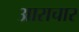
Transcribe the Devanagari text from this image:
आराचार